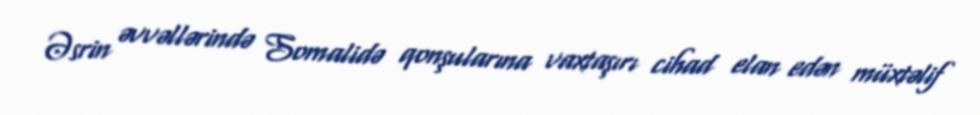
Əsrin əvvəllərində Somalidə qonşularına vaxtaşırı cihad elan edən müxtəlif